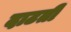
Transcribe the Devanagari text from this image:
दाटती